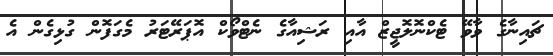
ޗައިނާގެ ވާވޭ ޓެކްނޮލޮޖީޒް އާއި ރަޝިއާގެ ނެޓްވޯކް އޮޕަރޭޓަރު މެގަފޮން ގުޅިގެން އެ